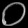
Digit: ၀